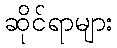
ဆိုင်ရာများ